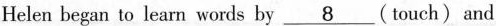
Helen began to learn words by \underline{8}(touch) and